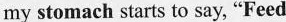
my stomach starts to say, "Feed